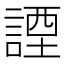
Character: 諲